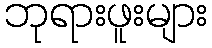
ဘုရားဖူးများ